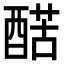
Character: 𨡱